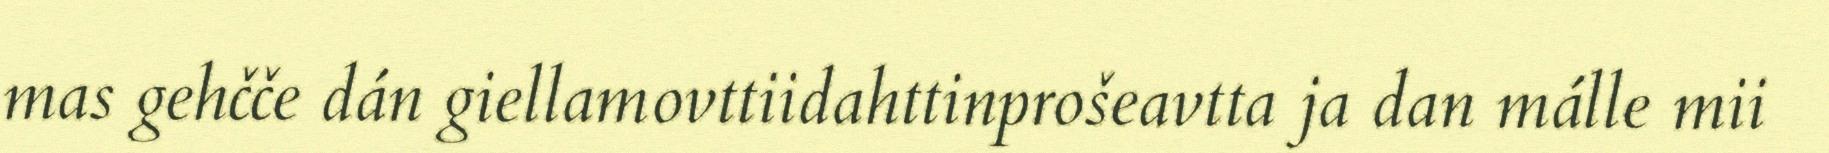
mas gehčče dán giellamovttiidahttinprošeavtta ja dan málle mii